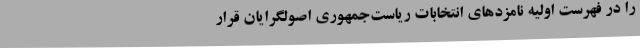
را در فهرست اولیه نامزدهای انتخابات ریاست‌جمهوری اصولگرایان قرار